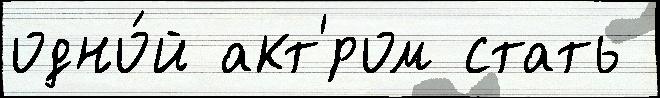
одно́й акт'́ром стать